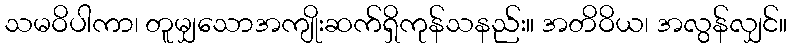
သမဝိပါကာ၊ တူမျှသောအကျိုးဆက်ရှိကုန်သနည်း။ အတိဝိယ၊ အလွန်လျှင်။